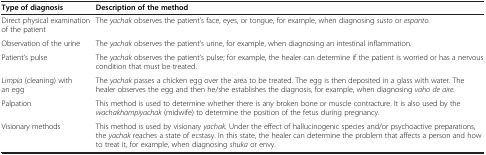
<table><thead><tr><td><b>Type of diagnosis</b></td><td><b>Description of the method</b></td></tr></thead><tbody><tr><td>Direct physical examination of the patient</td><td>The <i>yachak</i> observes the patient’s face, eyes, or tongue, for example, when diagnosing <i>susto</i> or <i>espanto</i>.</td></tr><tr><td>Observation of the urine</td><td>The <i>yachak</i> observes the patient’s urine, for example, when diagnosing an intestinal inflammation.</td></tr><tr><td>Patient’s pulse</td><td>The <i>yachak</i> observes the patient’s pulse; for example, the healer can determine if the patient is worried or has a nervous condition that must be treated.</td></tr><tr><td><i>Limpia</i> (cleaning) with an egg</td><td>The <i>yachak</i> passes a chicken egg over the area to be treated. The egg is then deposited in a glass with water. The healer observes the egg and then he/she establishes the diagnosis, for example, when diagnosing <i>vaho de aire.</i></td></tr><tr><td>Palpation</td><td>This method is used to determine whether there is any broken bone or muscle contracture. It is also used by the <i>wachakhampiyachak</i> (midwife) to determine the position of the fetus during pregnancy.</td></tr><tr><td>Visionary methods</td><td>This method is used by visionary <i>yachak.</i> Under the effect of hallucinogenic species and/or psychoactive preparations, the <i>yachak</i> reaches a state of ecstasy. In this state, the healer can determine the problem that affects a person and how to treat it, for example, when diagnosing <i>shuka</i> or envy.</td></tr></tbody></table>